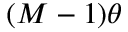
( M - 1 ) \theta